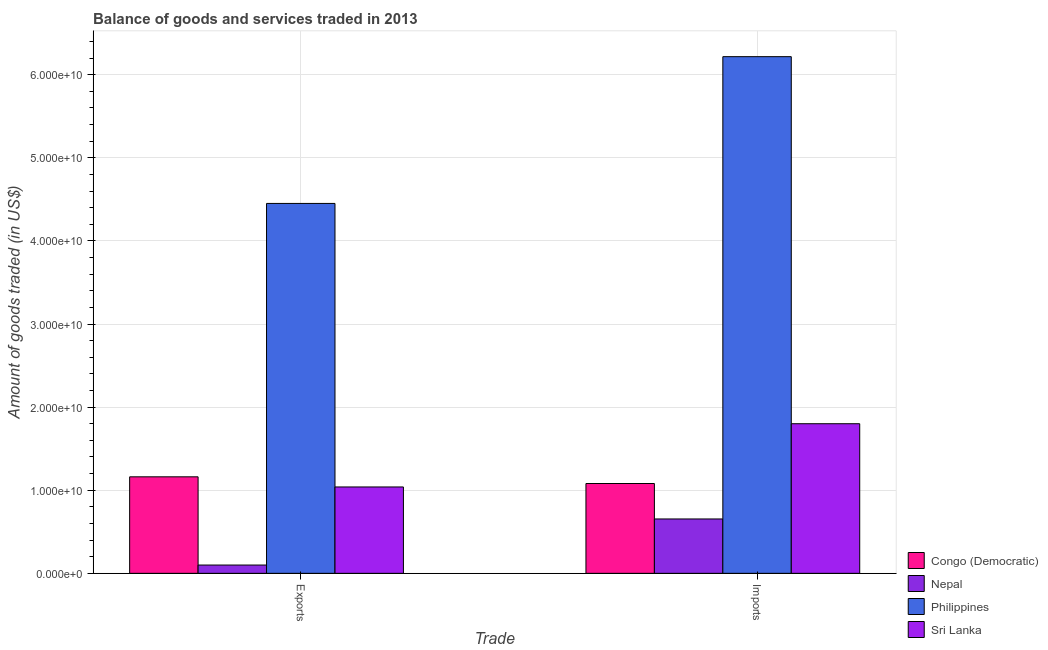
| Trade | Congo (Democratic) | Nepal | Philippines | Sri Lanka |
 | --- | --- | --- | --- | --- |
 | Exports | 1.16e+10 | 9.98e+08 | 4.45e+10 | 1.04e+10 |
 | Imports | 1.08e+10 | 6.54e+09 | 6.22e+10 | 1.8e+10 |